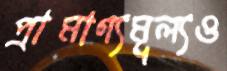
প্রামাণ্যমূল্যও